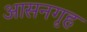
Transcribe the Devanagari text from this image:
आसनगृह